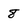
Character: 8